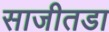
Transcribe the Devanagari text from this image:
साजीतडा